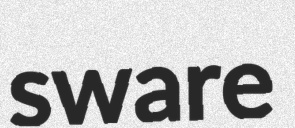
sware